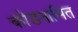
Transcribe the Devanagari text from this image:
कोडनामित